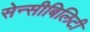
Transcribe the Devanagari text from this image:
सेन्सीबिलिटी